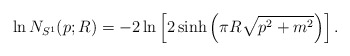
\begin{align*}\ln N_{S^1}(p;R) = -2\ln\left[2\sinh\left(\pi R\sqrt{p^2+m^2}\right)\right].\end{align*}